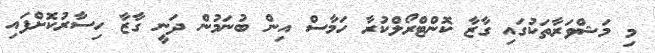
މި މަޝްވަރާތަކުގައި ގާޒާ ކޮންޓްރޯލްކުރާ ހަމާސް އިން ބުނަމުން ދަނީ ގާޒާ ހިސާރުކޮށްފައި